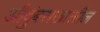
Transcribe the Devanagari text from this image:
औदुंबराखालील